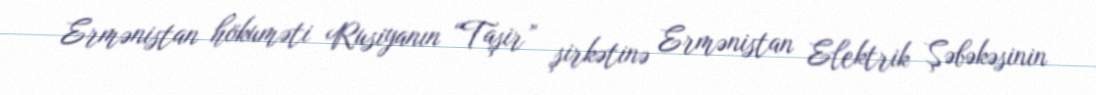
Ermənistan hökuməti Rusiyanın “Taşir” şirkətinə Ermənistan Elektrik Şəbəkəsinin